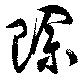
賖